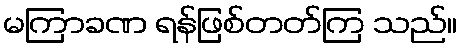
မကြာခဏ ရန်ဖြစ်တတ်ကြ သည်။